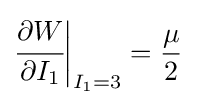
{\cfrac {\partial W}{\partial I_{1}}}{\biggr |}_{I_{1}=3}={\frac {\mu }{2}}